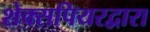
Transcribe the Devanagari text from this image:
शेक्सपियरद्वारा